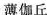
薄伽丘